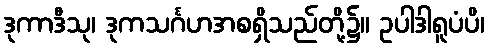
ဒုကာဒီသု၊ ဒုကသင်္ဂဟအစရှိသည်တို့၌။ ဥပါဒါရူပံပိ၊